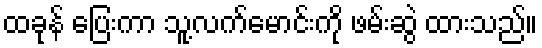
ထခုန် ပြေးကာ သူ့လက်မောင်းကို ဖမ်းဆွဲ ထားသည်။